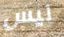
ليس